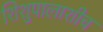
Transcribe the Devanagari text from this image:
शिशुपालाशीच